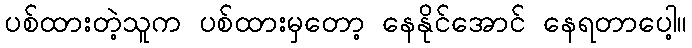
ပစ်ထားတဲ့သူက ပစ်ထားမှတော့ နေနိုင်အောင် နေရတာပေါ့။